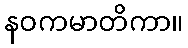
နဝကမာတိကာ။